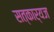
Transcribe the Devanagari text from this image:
सत्कार्यज